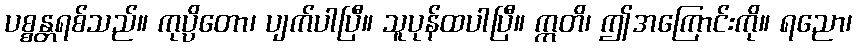
ပစ္စန္တရစ်သည်။ ကုပ္ပိတော၊ ပျက်ပါပြီ။ သူပုန်ထပါပြီ။ ဣတိ၊ ဤအကြောင်းကို။ ရညော၊